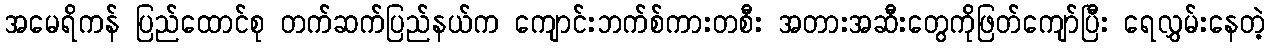
အမေရိကန် ပြည်ထောင်စု တက်ဆက်ပြည်နယ်က ကျောင်းဘက်စ်ကားတစီး အတားအဆီးတွေကိုဖြတ်ကျော်ပြီး ရေလွှမ်းနေတဲ့